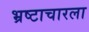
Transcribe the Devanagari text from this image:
भ्रष्टाचारला